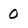
Character: 0